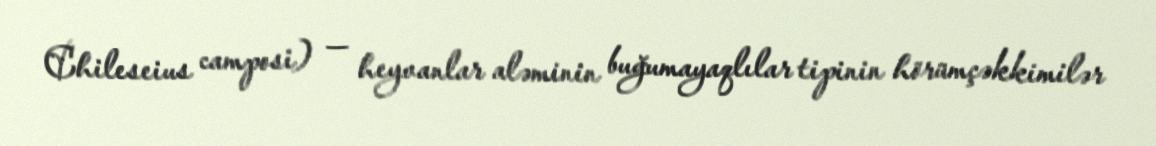
Chileseius camposi) — heyvanlar aləminin buğumayaqlılar tipinin hörümçəkkimilər